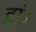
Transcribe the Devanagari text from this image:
हां।